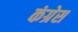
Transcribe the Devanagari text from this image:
कंग्रेस